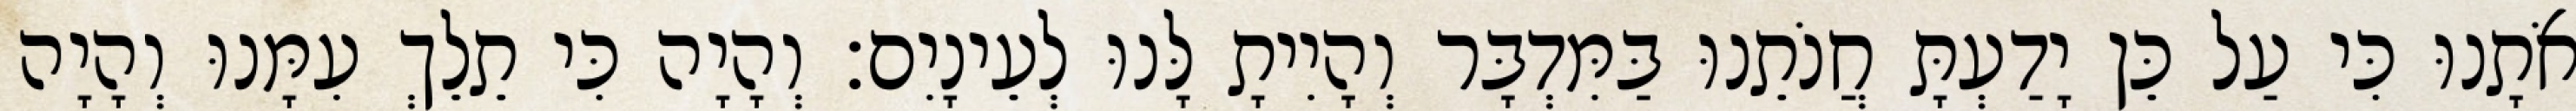
אֹתָנוּ כִּי עַל כֵּן יָדַעְתָּ חֲנֹתֵנוּ בַּמִּדְבָּר וְהָיִיתָ לָּנוּ לְעֵינָיִם׃ וְהָיָה כִּי תֵלֵךְ עִמָּנוּ וְהָיָה